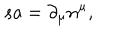
LaTeX: s a = \partial _ { \mu } n ^ { \mu } ,